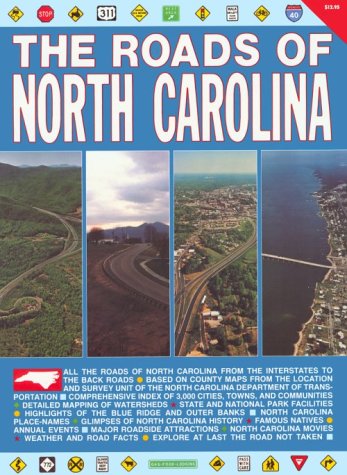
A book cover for The Roads of North Carolina; Travel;